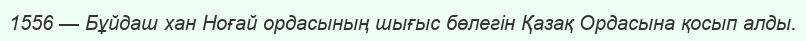
1556 — Бұйдаш хан Ноғай ордасының шығыс бөлегін Қазақ Ордасына қосып алды.